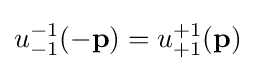
u_{-1}^{-1}(\mathbf {-p} )=u_{+1}^{+1}(\mathbf {p} )